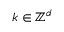
k \in \ensuremath { \mathbb { Z } ^ { d } }